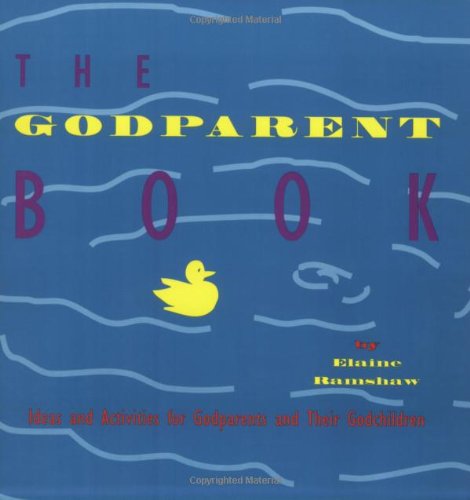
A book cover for The Godparent Book: Ideas and Activities for Godparents and Their Godchildren; Elaine Ramshaw; Christian Books & Bibles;